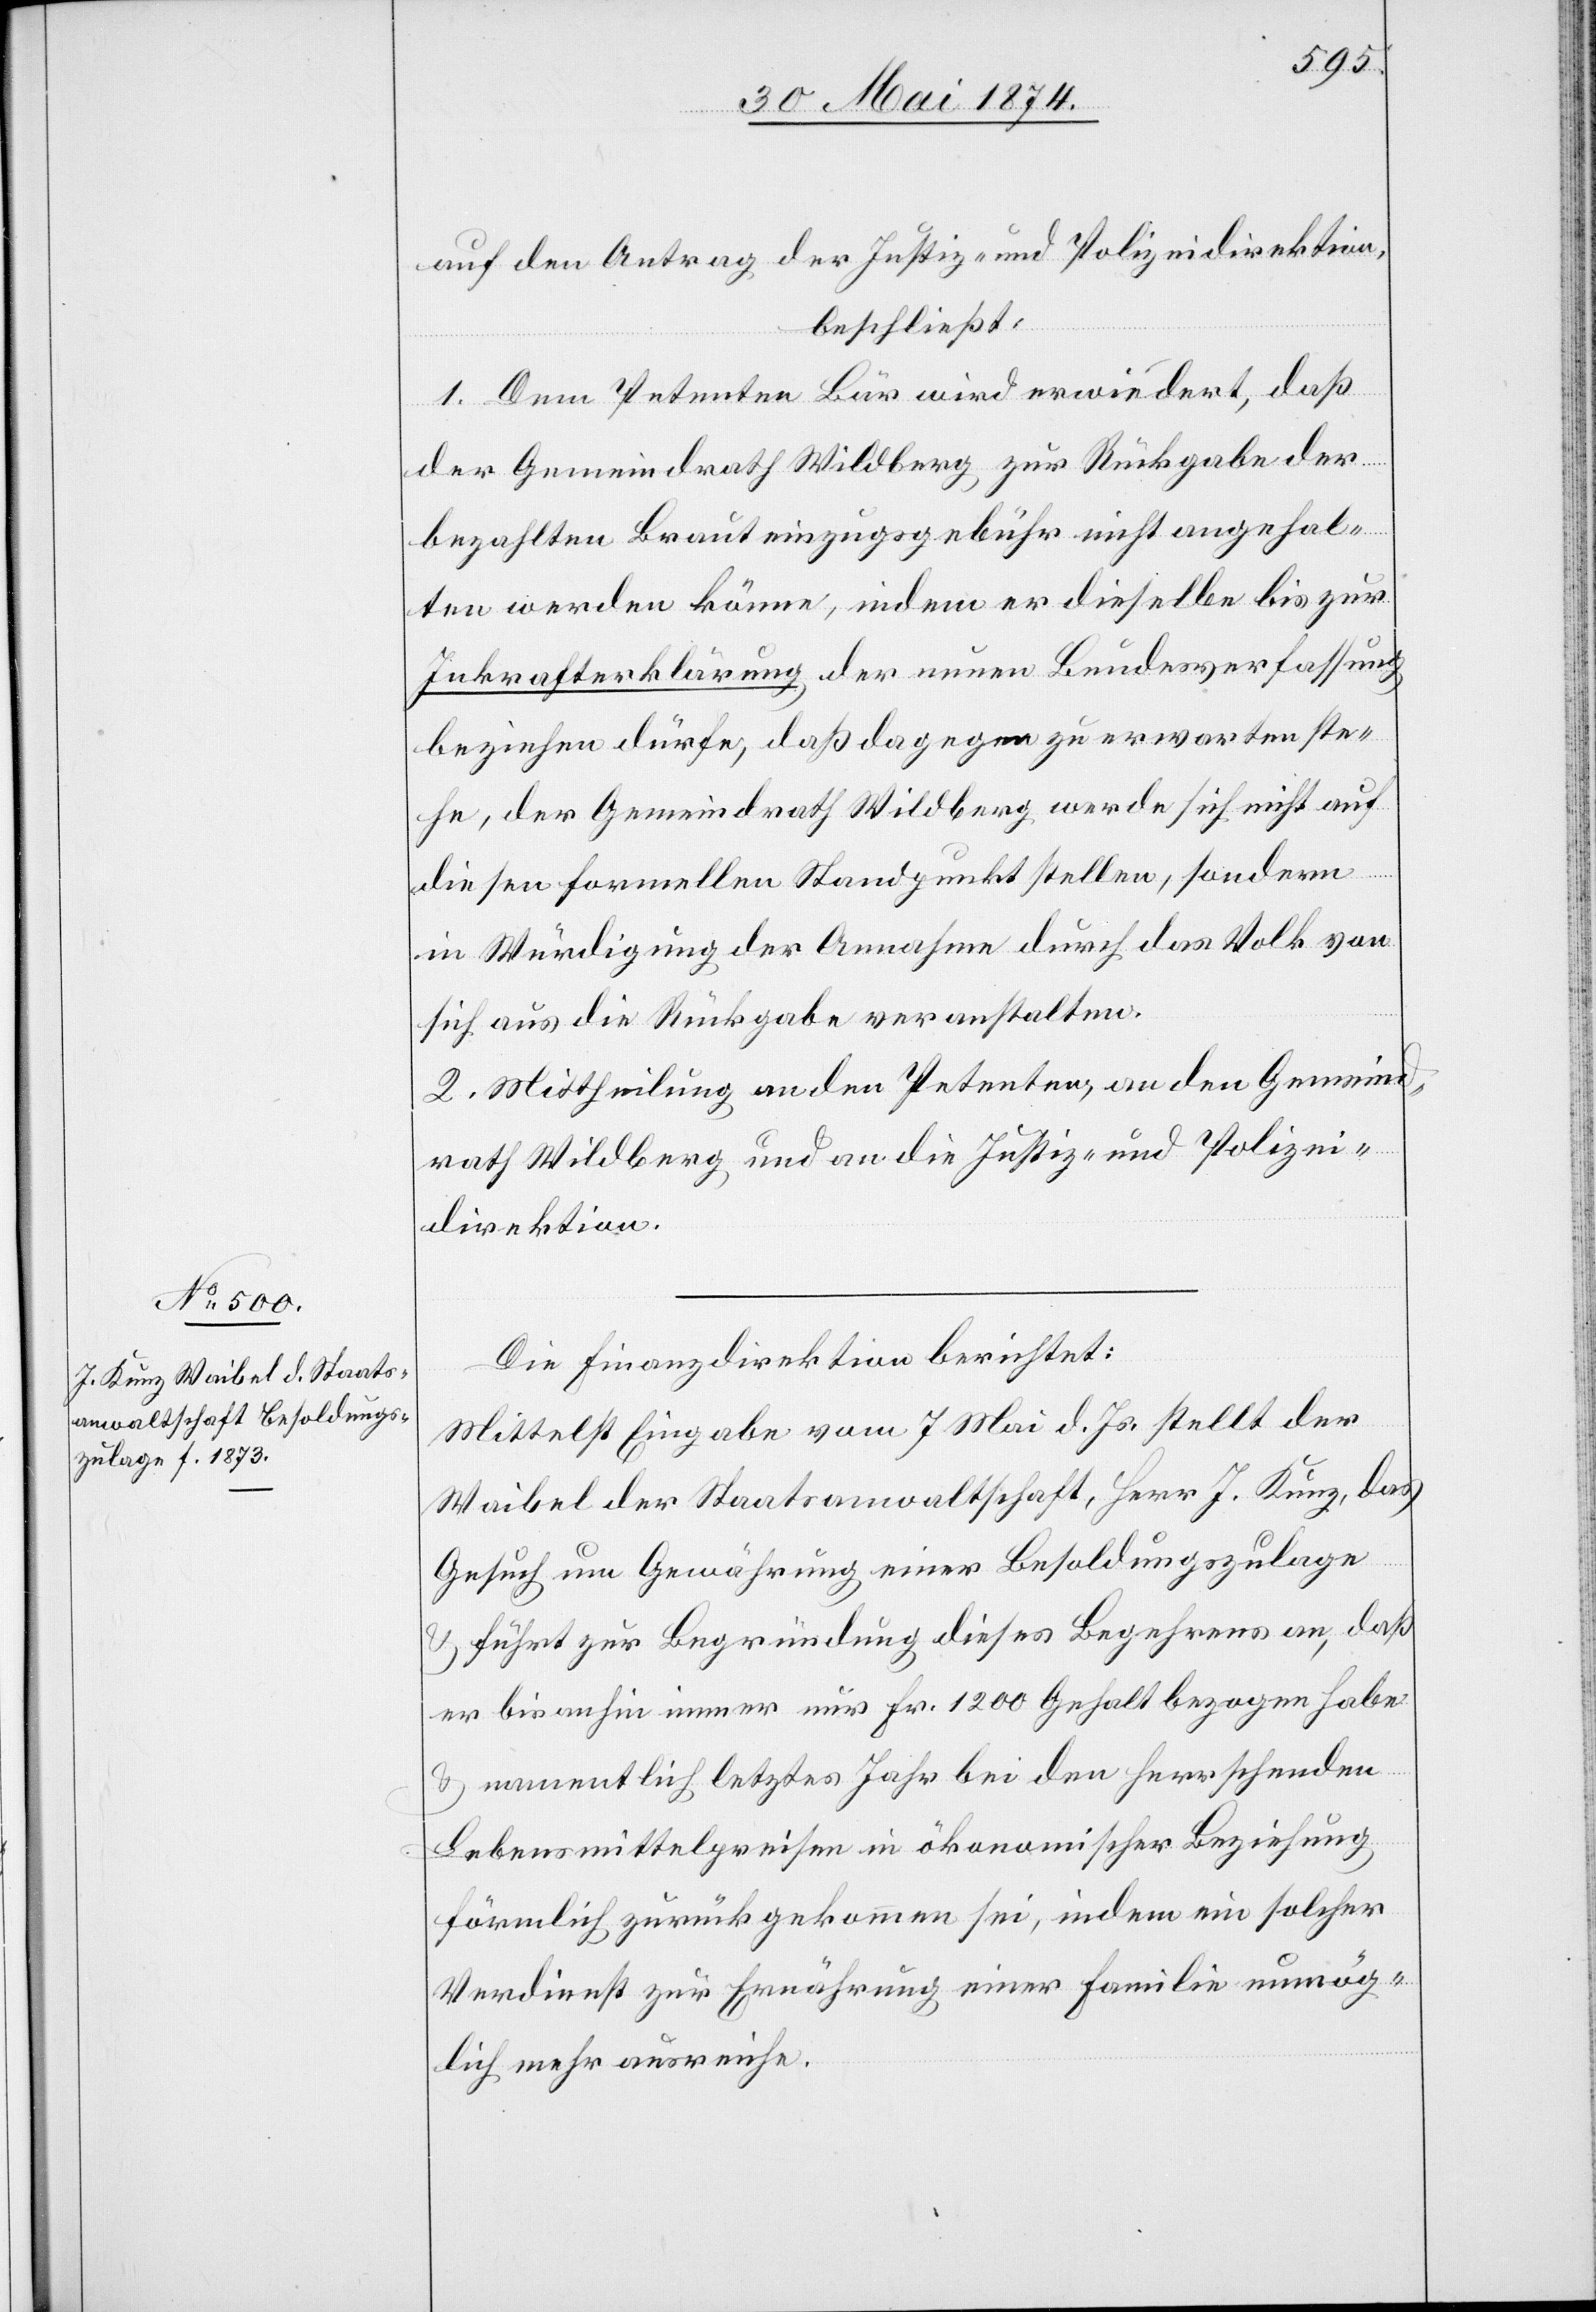
auf den Antrag der Justiz- und Polizeidirektion,
beschließt:
1. Dem Petenten Bär wird erwiedert, daß
der Gemeindrath Wildberg, zur Rückgabe der
bezahlten Brauteinzugsgebühr nicht angehal¬
ten werden könne, indem er dieselbe bis zur
Inkrafterklärung der neuen Bundesverfassung
beziehen dürfe, daß dagegen zu erwarten ste¬
he, der Gemeindrath Wildberg werde sich nicht auf
diesen formellen Standpunkt stellen, sondern
in Würdigung der Annahme durch das Volk von
sich aus die Rückgabe veranstalten.
2. Mittheilung an den Petenten, an den Gemeind¬
rath Wildberg und an die Justiz- und Polizei¬
direktion.
Die Finanzdirektion berichtet:
Mittelst Eingabe vom 7. Mai d. Js. stellt der
Waibel der Staatsanwaltshaft, Hrr. J. Kunz, das
Gesuch um Gewährung einer Besoldungszulage
u führt zur Begründung dieses Begehrens an, daß
er bis anhin immer nur Fr. 1200 Gehalt bezogen habe
u. namentlich letztes Jahr bei den herrschenden
Lebensmittelpreisen in ökonomischer Beziehung
förmlich zurückgekommen sei, indem ein solcher
Verdienst zur Ernährung einer Familie unmög¬
lich mehr ausreiche.